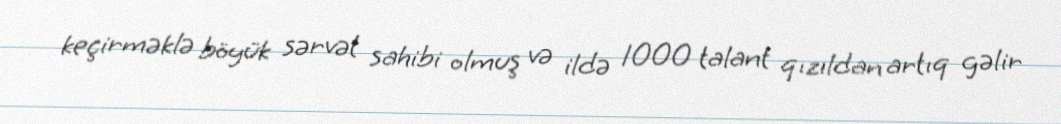
keçirməklə böyük sərvət sahibi olmuş və ildə 1000 talant qızıldan artıq gəlir